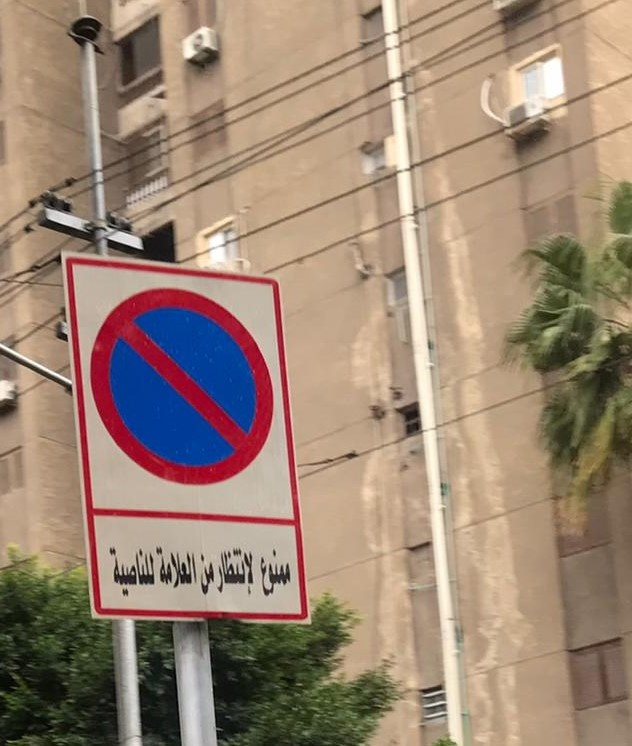
Text in image: العلامة لانتظار للناصية ممنوع من